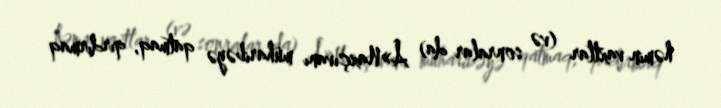
həmin vaxtlar (və sonralar da) Â»Naxçıvanı müharibəyə qatmaq, qırdırmaq